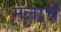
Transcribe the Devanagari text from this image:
मलाचे